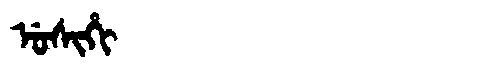
Manchu: ᡠᠰᡳᡥᡳ
Romanization: USIHI